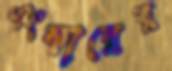
এংকারের